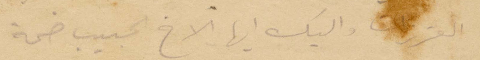
العزيزات واليك أيها الأخ الحبيب ضمة